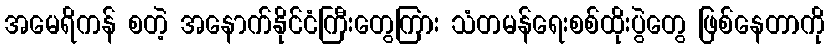
အမေရိကန် စတဲ့ အနောက်နိုင်ငံကြီးတွေကြား သံတမန်ရေးစစ်ထိုးပွဲတွေ ဖြစ်နေတာကို